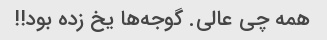
همه چی عالی. گوجه‌ها یخ زده بود!!